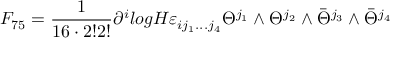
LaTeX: F _ { 7 5 } = \frac { 1 } { 1 6 \cdot 2 ! 2 ! } \partial ^ { i } l o g H \varepsilon _ { i j _ { 1 } . . . j _ { 4 } } \Theta ^ { j _ { 1 } } \wedge \Theta ^ { j _ { 2 } } \wedge \bar { \Theta } ^ { j _ { 3 } } \wedge \bar { \Theta } ^ { j _ { 4 } }